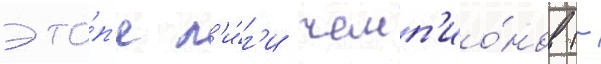
эта́п'е л'и́г'и чемп'ио́нов (-